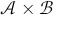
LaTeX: { \mathcal { A } } \times { \mathcal { B } }